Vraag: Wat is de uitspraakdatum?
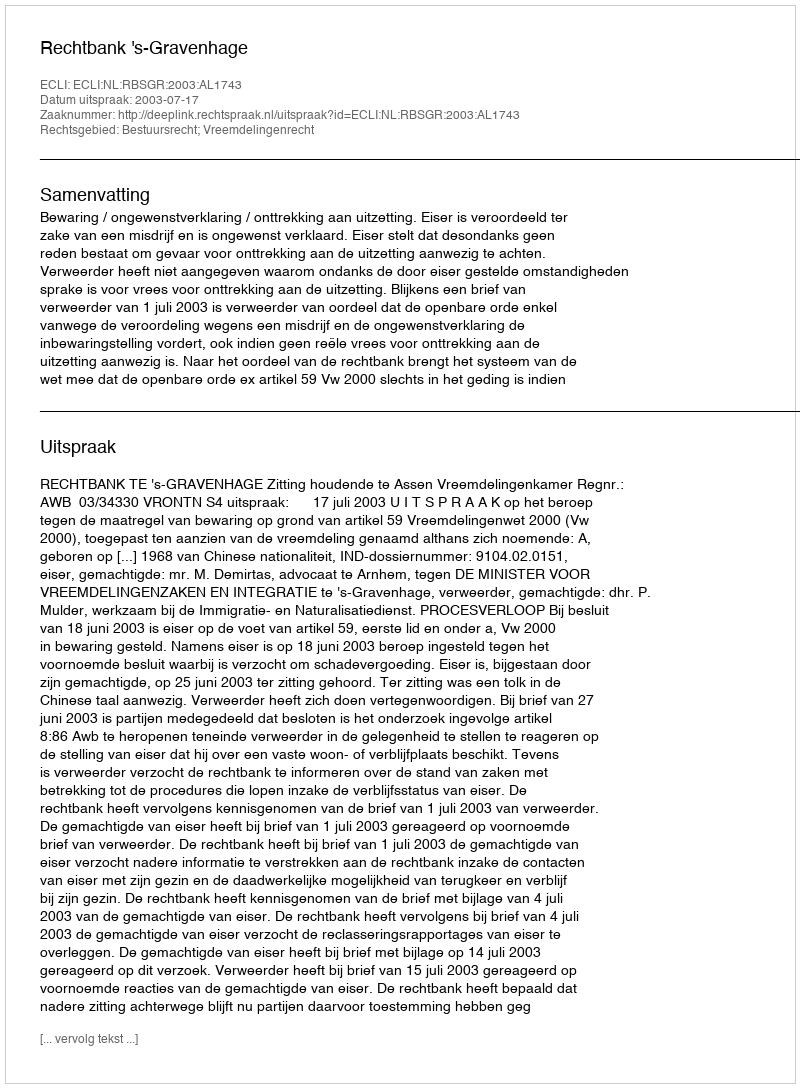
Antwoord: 2003-07-17